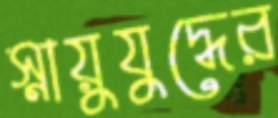
স্নায়ুযুদ্ধের